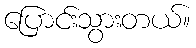
ပြောင်းသွားတယ်။